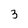
Character: 3